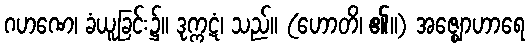
ဂဟဏေ၊ ခံယူခြင်း၌။ ဒုက္ကဋံ၊ သည်။ (ဟောတိ၊ ၏။) အဇ္ဈောဟာရေ